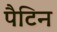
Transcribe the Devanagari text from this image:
पैटिन